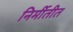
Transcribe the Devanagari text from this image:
निर्मीतीत